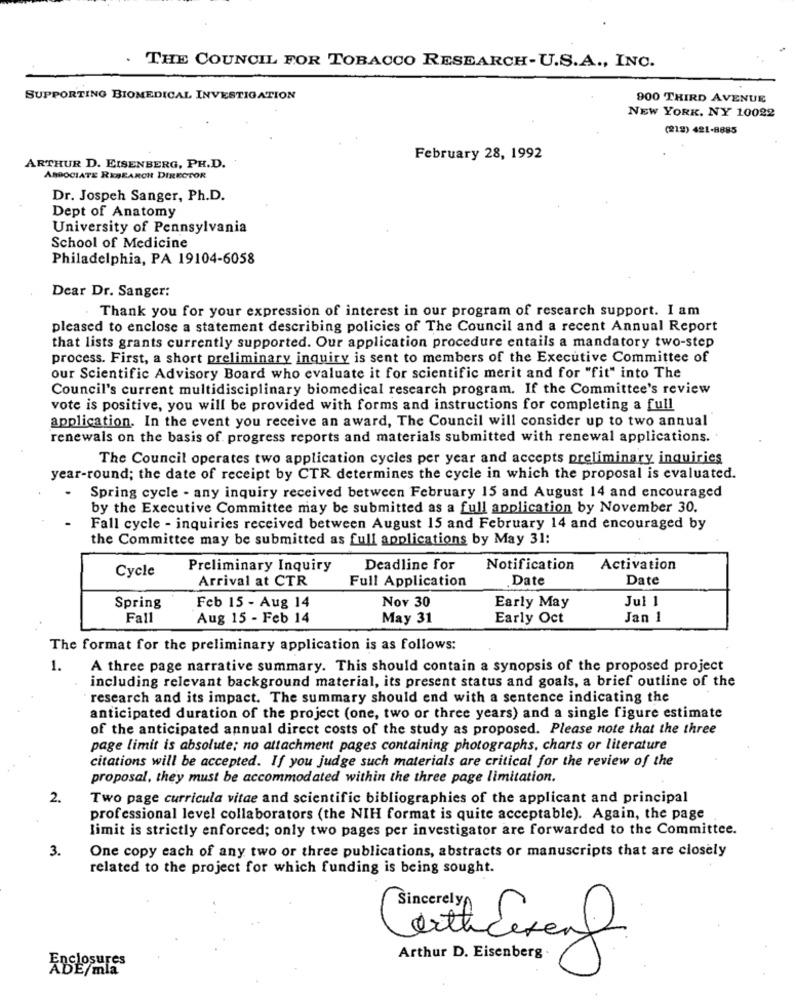
. THE COUNCIL FOR TOBACCO RESEARCH-U.S.A ., INC.
SUPPORTING BIOMEDICAL INVESTIGATION
900 THIRD AVENUE
NEW YORK, NY 10022
(212) 421-8885
February 28, 1992
ARTHUR D. EISENBERG, PH.D.
ARDOCIATE RESEARCH DIRECTOR
Dr. Jospeh Sanger, Ph.D.
Dept of Anatomy
University of Pennsylvania
School of Medicine
Philadelphia, PA 19104-6058
Dear Dr. Sanger:
Thank you for your expression of interest in our program of research support. I am
pleased to enclose a statement describing policies of The Council and a recent Annual Report
that lists grants currently supported. Our application procedure entails a mandatory two-step
process. First, a short preliminary inquiry is sent to members of the Executive Committee of
our Scientific Advisory Board who evaluate it for scientific merit and for "fit" into The
Council's current multidisciplinary biomedical research program. If the Committee's review
vote is positive, you will be provided with forms and instructions for completing a full
application. In the event you receive an award, The Council will consider up to two annual
renewals on the basis of progress reports and materials submitted with renewal applications.
The Council operates two application cycles per year and accepts preliminary inquiries
year-round; the date of receipt by CTR determines the cycle in which the proposal is evaluated.
Spring cycle - any inquiry received between February 15 and August 14 and encouraged
by the Executive Committee may be submitted as a full application by November 30.
Fall cycle - inquiries received between August 15 and February 14 and encouraged by
the Committee may be submitted as full applications by May 31:
Cycle
Preliminary Inquiry
Deadline for
Notification
Activation
Arrival at CTR
Full Application
Date
Date
Nov 30
Early May
Jul 1
Spring
Feb 15 - Aug 14
Fall
Aug 15 - Feb 14
May 31
Early Oct
Jan 1
The format for the preliminary application is as follows:
1.
A three page narrative summary. This should contain a synopsis of the proposed project
including relevant background material, its present status and goals, a brief outline of the
research and its impact. The summary should end with a sentence indicating the
anticipated duration of the project (one, two or three years) and a single figure estimate
of the anticipated annual direct costs of the study as proposed. Please note that the three
page limit is absolute; no attachment pages containing photographs, charts or literature
citations will be accepted. If you judge such materials are critical for the review of the
proposal, they must be accommodated within the three page limitation.
2.
Two page curricula vitae and scientific bibliographies of the applicant and principal
professional level collaborators (the NIH format is quite acceptable). Again, the page
limit is strictly enforced; only two pages per investigator are forwarded to the Committee.
3.
One copy each of any two or three publications, abstracts or manuscripts that are closely
related to the project for which funding is being sought.
Sincerely,
closures
Arthur D. Eisenberg.
ADE/mla